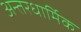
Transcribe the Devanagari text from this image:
अन्तरधार्मिक